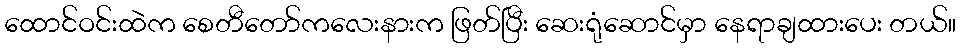
ထောင်ဝင်းထဲက စေတီတော်ကလေးနားက ဖြတ်ပြီး ဆေးရုံဆောင်မှာ နေရာချထားပေး တယ်။